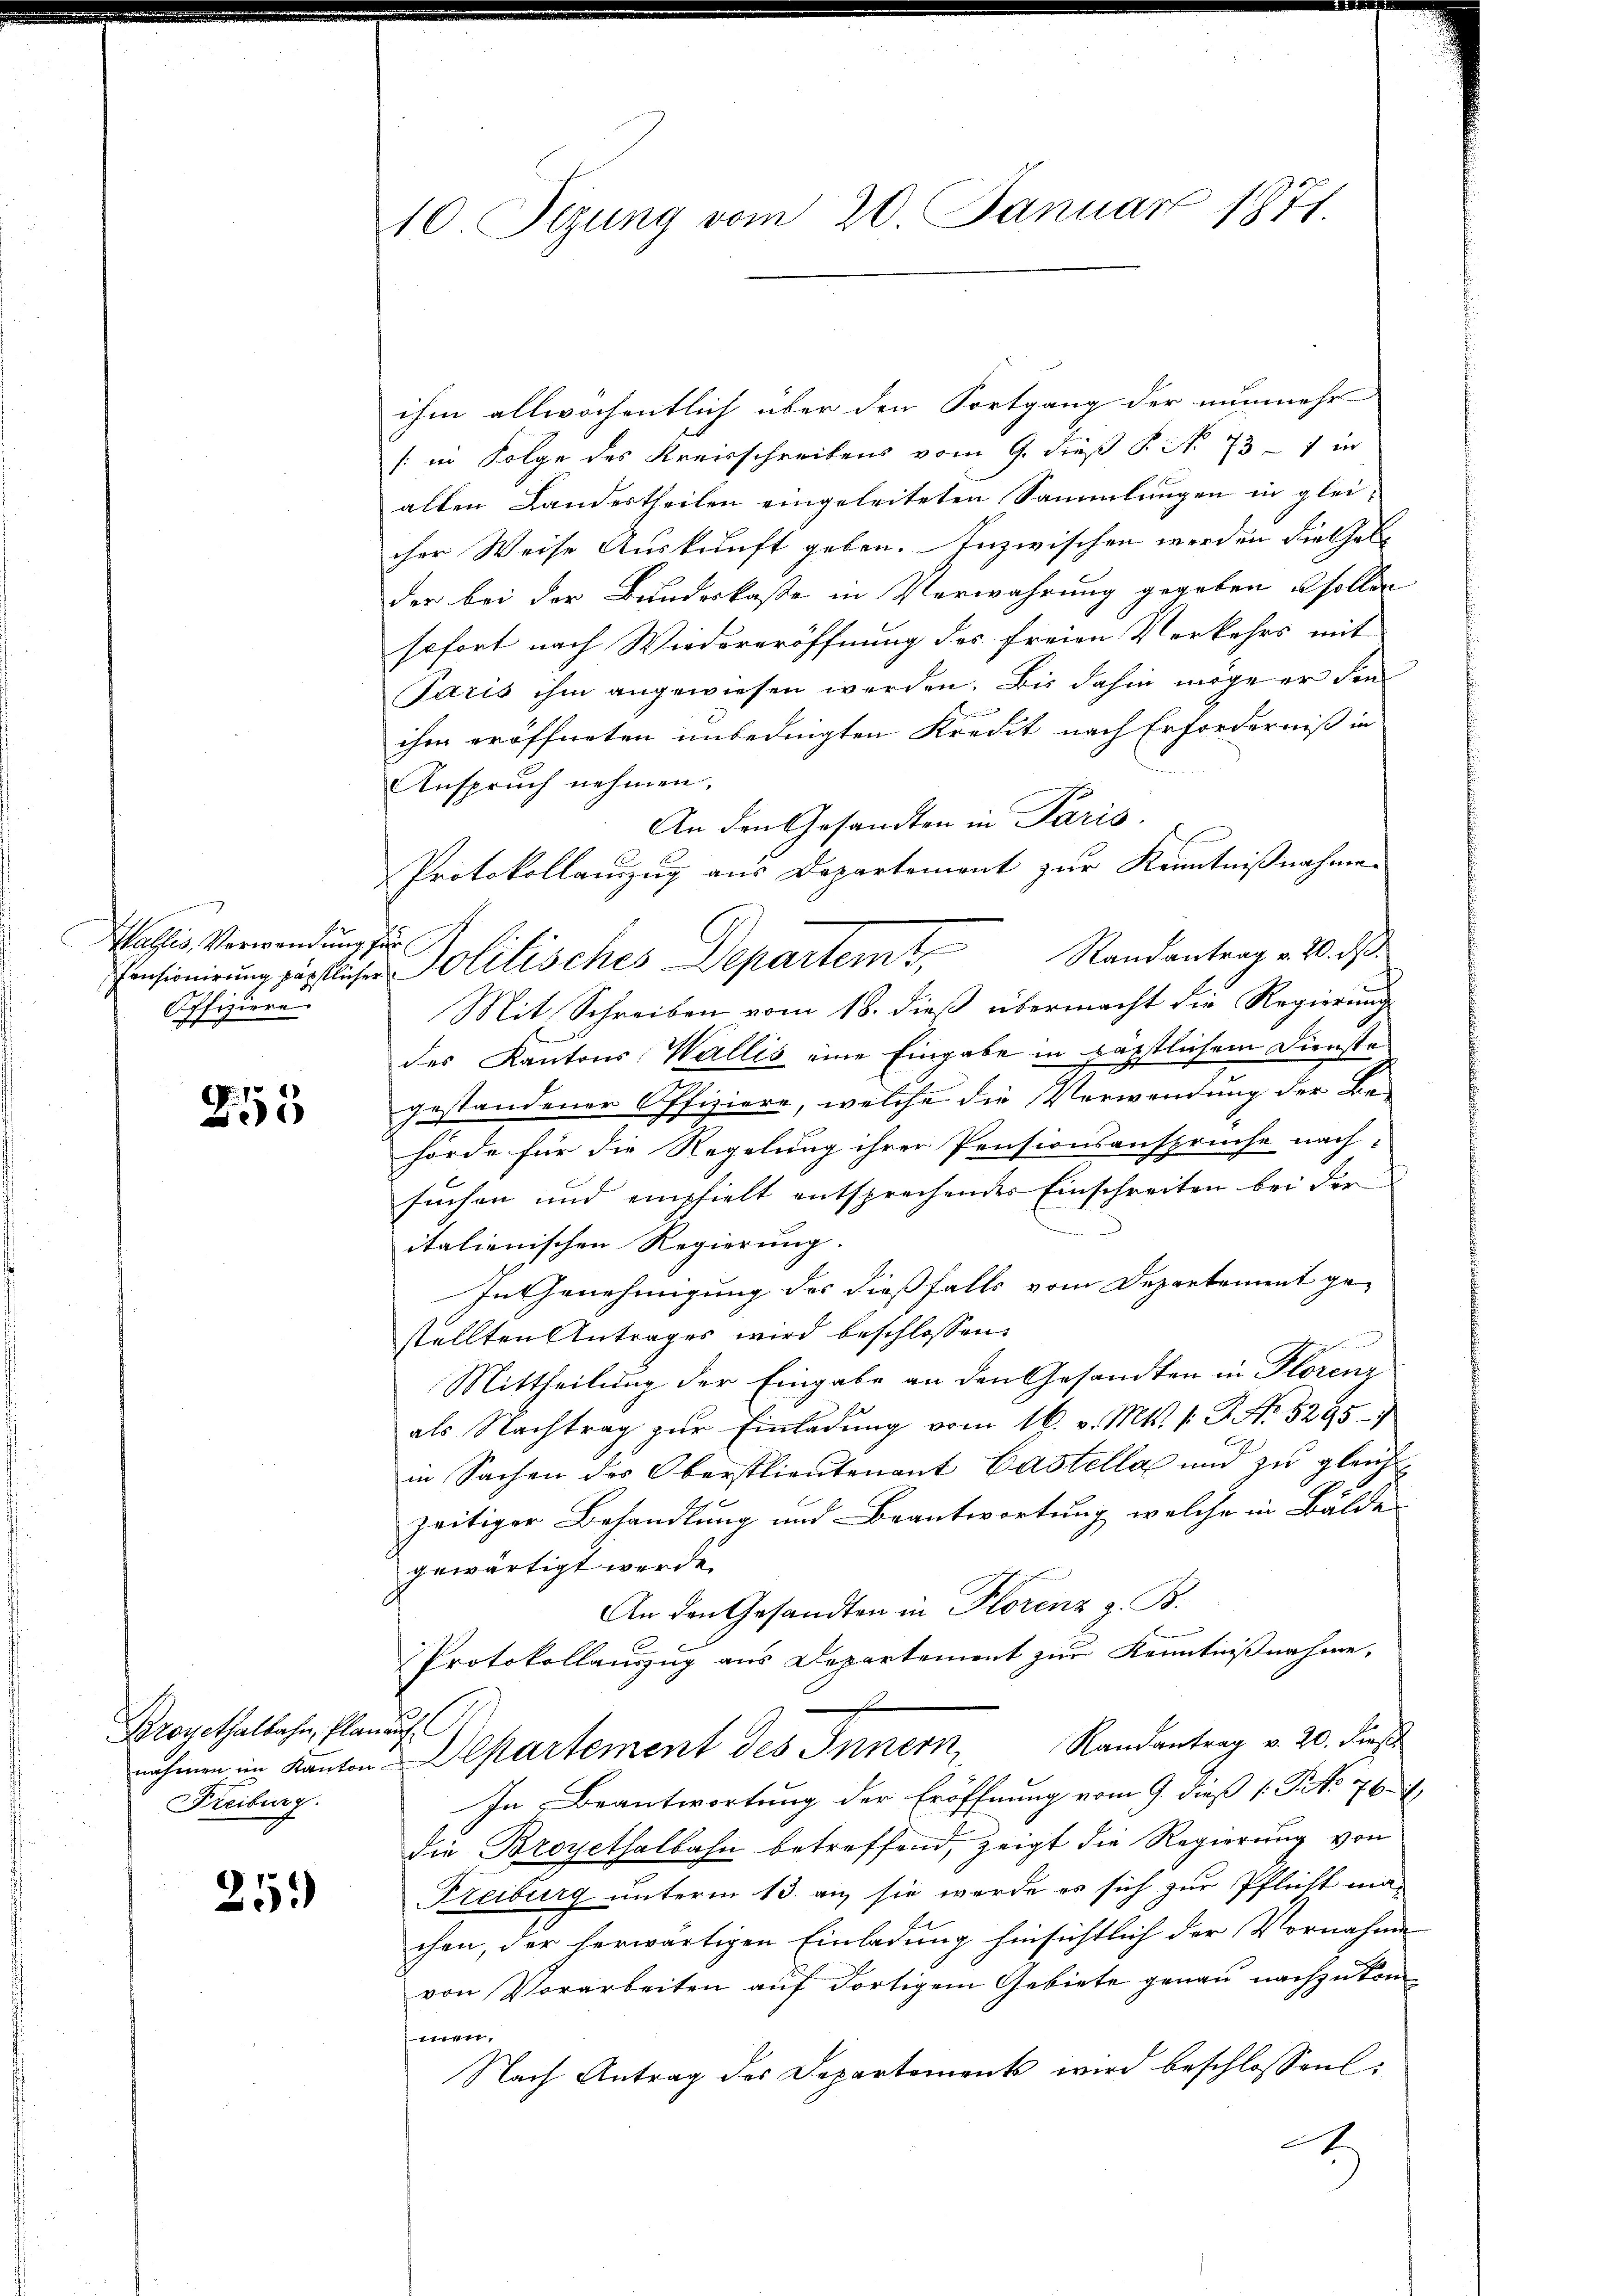
Wallis, Verwendung se
Offiziere.

255

Broyethalbahn, Plan auf
Freiburg.

25

10 Sizung vom 20. Januar 1871.

ihm allwöchentlich über den Fortgang der nunmehr
(in Folge des Kreisschreibens vom 9. dieß P. Nr. 73 - 1 in
alten Landestheilen eingeleiteten Sammlungen in gleicher Weise Auskunft geben. Inzwischen werden die halder bei der Bundeskasse in Verwahrung gegeben sollen
sofort nach Wiedereröffnung des freien Vorkehrs mit
Paris ihm angewiesen werden. Bis dahin möge er den
n
ihm eröffneten unbedingten Kredit nach Erforderniß in
Anspruch nehmen.
An den Gesandten in Paris.
x
Protokollauszug aus Departement zur Kenntnißnahme
Mit Schreiben vom 18. dieß übermacht die Regierung
des Kantons Wallis eine Eingabe in päpstlichem Dienste
gestandener Offiziere, welche die Verwendung der Be-
hörde für die Regelung ihrer Pensionsansprüche nach-
suchen und empfielt entsprechendes Einschreiten bei der
italienischen Regierung.
In Genehmigung des dießfalls vom Departement gestellten Antrages wird beschlossen:
Mittheilung der Eingabe an den Gesandten in Florenz
als Nachtrag zŭr Einladung vom 16. v. Mts. f. P. No. 5295-
in Sachen der Oberstlieutenant Castella und zu gleichzeitiger Behandlung und Beantwortung, welche in Bälde
gewärtigt werde.
An den Gesandten in Florenz z. B.
Protokollauszug aus Departement zur Kenntnißnahme,
nahmen im Kanton Departement des Innern, Randantrag v. 20. dieß
In Beantwortung der Eröffnung vom 9. dieß 1 S. 76. 1
die Broyethalbahn betreffend, zeigt die Regierung von
Freiburg unterm 13. an sie werde es sich zur Pflicht machen, der herwärtigen Einladung hinsichtlich der Vornahme
von Vorarbeiten auf dortigem Gebiete genau nachzukommnen,
Nach Antrag des Departements wird beschlossen:
A.

Einsionirung gütlichen Politisches Departemt, Randantrag . 10. ds.